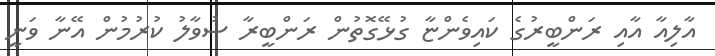
އާލިއާ އާއި ރަންބީރުގެ ކައިވެންޏާ ގުޅޭގޮތުން ރަންބީރާ ސުވާލު ކުރުމުން އޭނާ ވަނީ